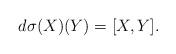
LaTeX: \begin{align*}d\sigma(X)(Y) = [X, Y]. \end{align*}